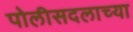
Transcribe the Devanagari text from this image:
पोलीसदलाच्या